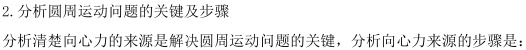
2. 分析圆周运动问题的关键及步骤

分析清楚向心力的来源是解决圆周运动问题的关键，分析向心力来源的步骤是：